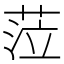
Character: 𦲷